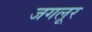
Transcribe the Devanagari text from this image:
जगलूर